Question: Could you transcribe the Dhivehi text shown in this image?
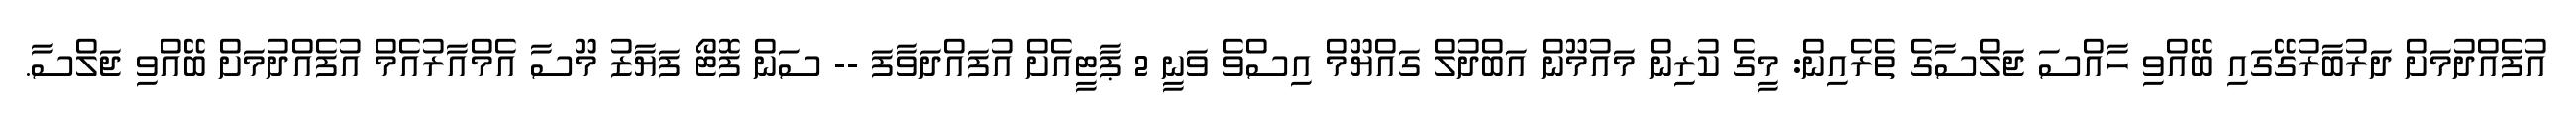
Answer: އުފެއްދުމަށް ދަރުބާރުގޭގައި ބޭއްވި ހާއްސަ ޖަލްސާގެ ތެރެއިން: މީގެ ކުރިން މައުމޫން އަބްދުލް ގައްޔޫމް އިސްވެ ވަނީ 2 ޕާޓީއެށް އުފައްދަވާފަ -- ސަން ފޮޓޯ ފަޔާޒު މޫސާ އެމްއާރުއެމް އުފެއްދުމަށް ބޭއްވި ޖަލްސާ.